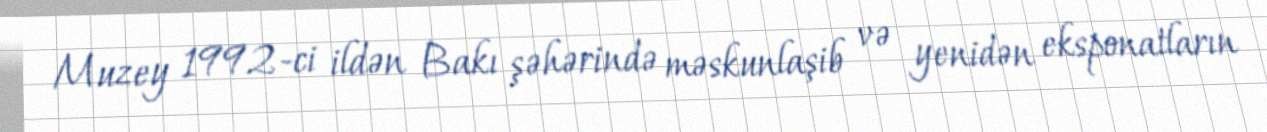
Muzey 1992-ci ildən Bakı şəhərində məskunlaşib və yenidən eksponatların